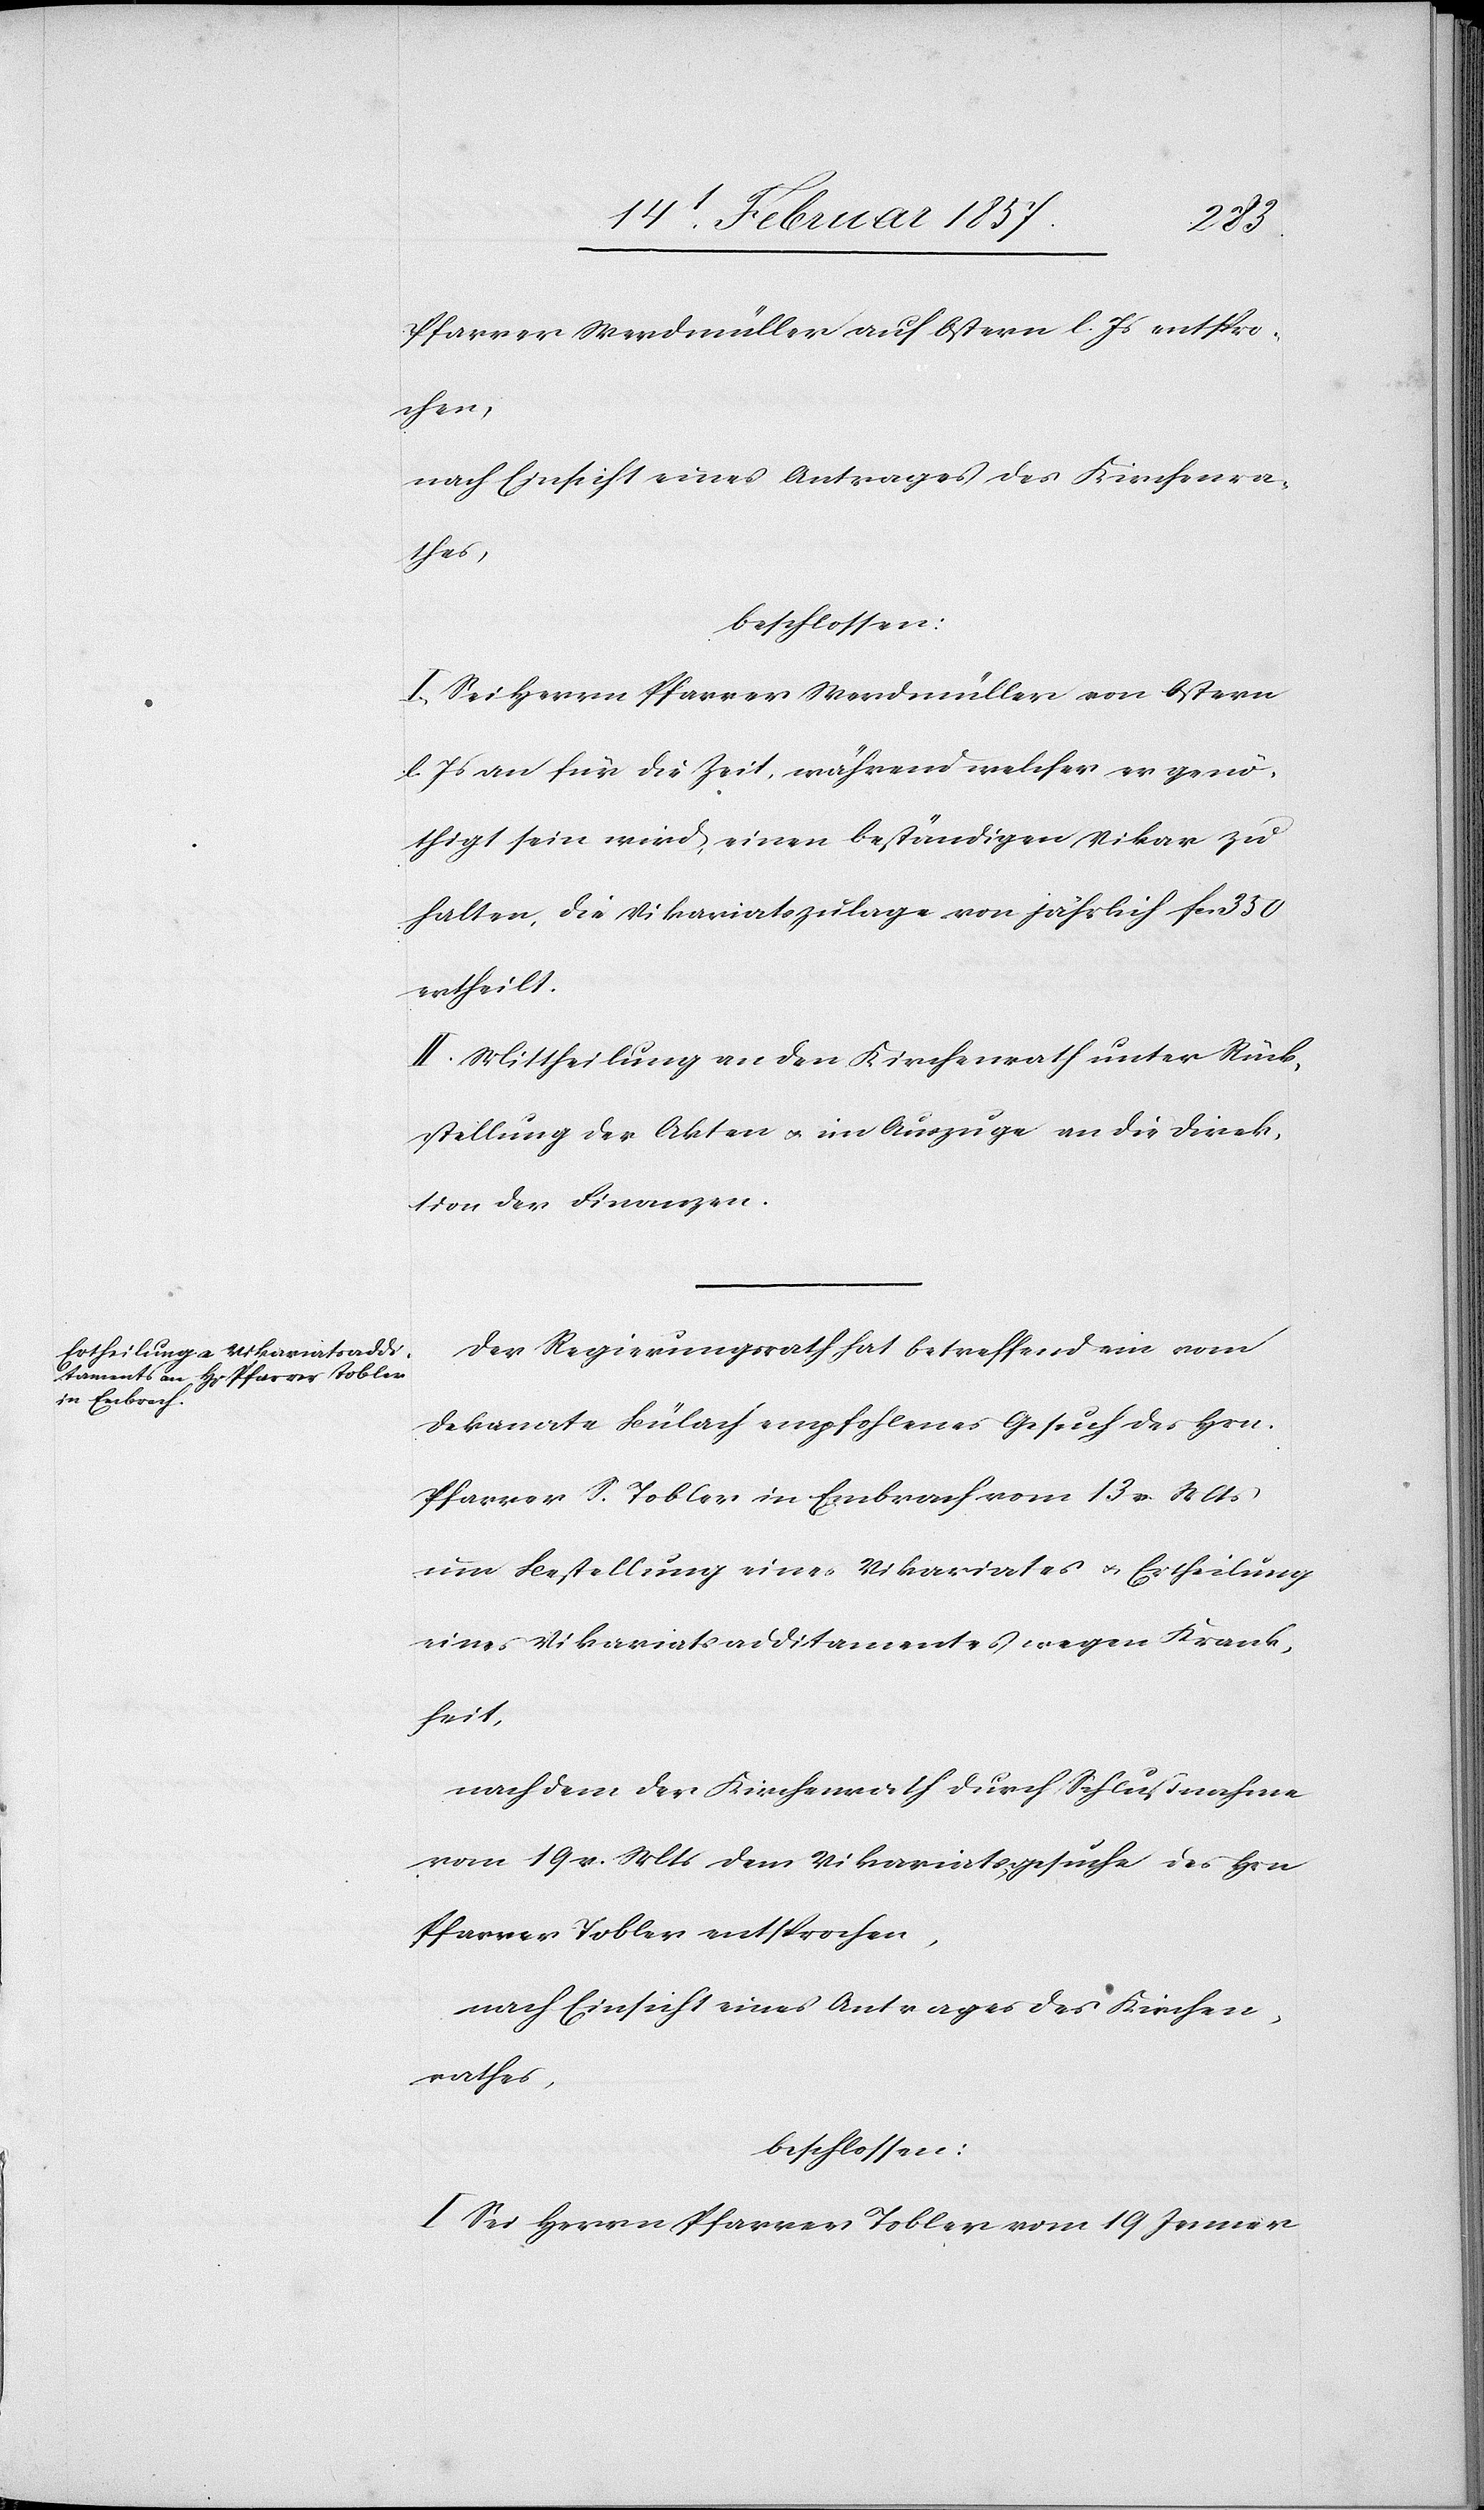
Pfarrer Werdmüller auf Ostern l. Js entspro¬
chen,
nach Einsicht eines Antrages des Kirchenra¬
thes,
beschlossen:
I. Sei Herrn Pfarrer Werdmüller von Ostern
l. Js an für die Zeit, während welcher er genö¬
thigt sein wird, einen beständigen Vikar zu
halten, die Vikariatszulage von jährlich fr. 350
ertheilt.
II. Mittheilung an den Kirchenrath unter Rück¬
stellung der Akten u. im Auszuge an die Direk¬
tion der Finanzen.
Der Regierungsrath hat betreffend ein vom
Dekanate Bülach empfohlenes Gesuch des Hrn.
Pfarrer S. Tobler in Embrach vom 13 v. Mts
um Bestellung eines Vikariates u. Ertheilung
eines Vikariatsadditamentes wegen Krank¬
heit,
nachdem der Kirchenrath durch Schlußnahme
vom 19 v. Mts dem Vikariatsgesuche des Hrn
Pfarrer Tobler entsprochen,
I. Sei Herrn Pfarrer Tobler vom 19 Jenner